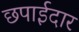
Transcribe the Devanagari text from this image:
छपाईदार